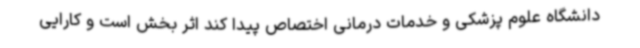
دانشگاه علوم پزشکی و خدمات درمانی اختصاص پیدا کند اثر بخش است و کارایی